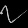
Digit: ၇